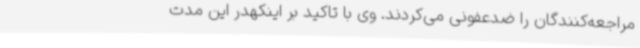
مراجعه‌کنندگان را ضدعفونی می‌کردند. وی با تاکید بر اینکهدر این مدت